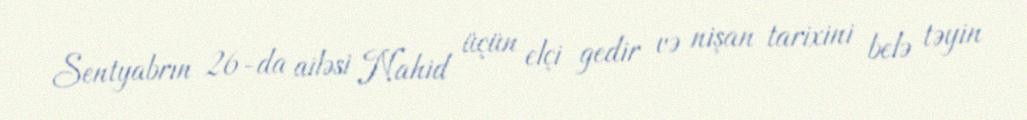
Sentyabrın 26-da ailəsi Nahid üçün elçi gedir və nişan tarixini belə təyin